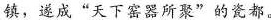
镇，遂成”天下窑器所聚”的瓷都。